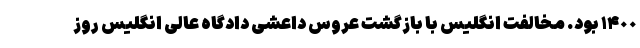
١۴٠٠ بود. مخالفت انگلیس با بازگشت عروس داعشی دادگاه عالی انگلیس روز